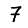
Digit: 7